Document type: Sale
Year: 1226
Scribe: Ramon d'Om
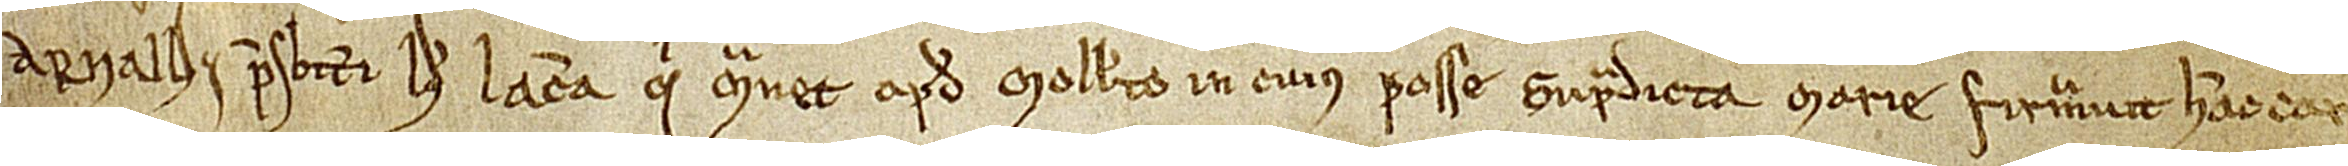
num Arnalli presbiteri de Iacam, qui manet apud Molleto, in cuius posse supradicta Marie firmavit hanc car-